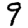
Digit: 9